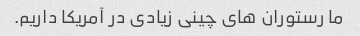
ما رستوران های چینی زیادی در آمریکا داریم.